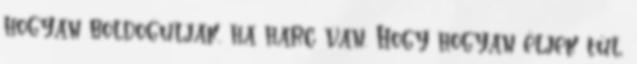
hogyan boldoguljak, ha harc van. Hogy hogyan éljek túl.